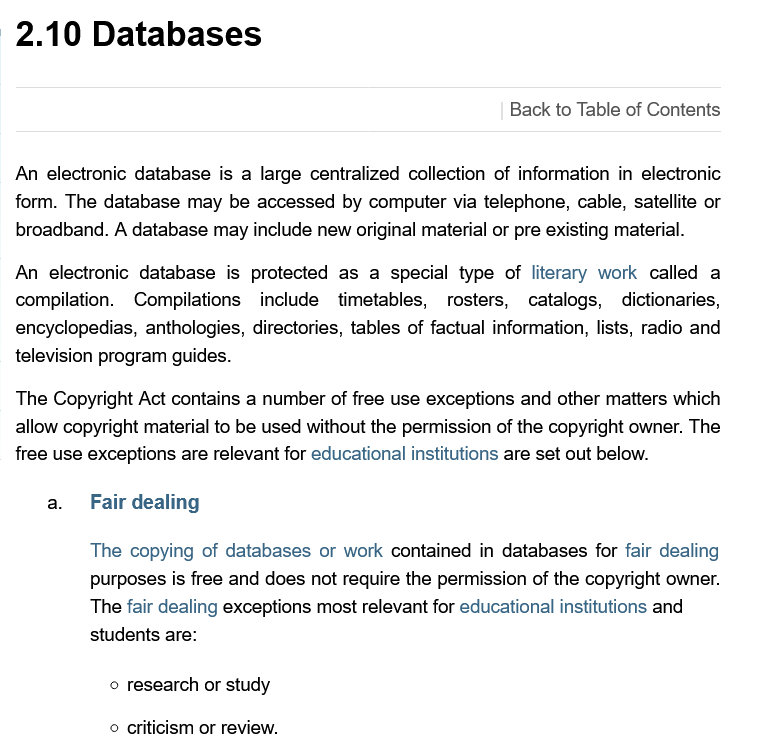
2.10    Databases
  An  electronic database is a large centralized collection of information in electronic
  form. The database  may be accessed  by computer via telephone, cable, satellite or
  broadband. A database  may include new original material or pre existing material.
  An  electronic database is protected as a special type of literary work called a
  compilation.  Compilations  include timetables,  rosters, catalogs, dictionaries,
  encyclopedias, anthologies, directories, tables of factual information, lists, radio and
  television program guides.
  The  Copyright Act contains a number of free use exceptions and other matters which
  allow copyright material to be used without the permission of the copyright owner. The
  free use exceptions are relevant for educational institutions are set out below.
     Fair dealing
     The copying of databases or work contained in databases for fair dealing
     purposes is free and does not require the permission of the copyright owner.
     The fair dealing exceptions most relevant for educational institutions and
     students are:
     research or study
     criticism or review.
     Back to Table of Contents